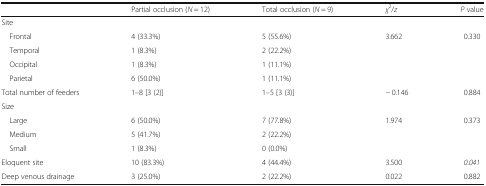
|  | Partial occlusion (N = 12) | Total occlusion (N = 9) | χ2/z | P value |
 | --- | --- | --- | --- | --- |
 | <COLSPAN=5> Site |
 | Frontal | 4 (33.3%) | 5 (55.6%) | <ROWSPAN=4> 3.662 | <ROWSPAN=4> 0.330 |
 | Temporal | 1 (8.3%) | 2 (22.2%) |
 | Occipital | 1 (8.3%) | 1 (11.1%) |
 | Parietal | 6 (50.0%) | 1 (11.1%) |
 | Total number of feeders | 1–8 [3 (2)] | 1–5 [3 (3)] | − 0.146 | 0.884 |
 | <COLSPAN=5> Size |
 | Large | 6 (50.0%) | 7 (77.8%) | <ROWSPAN=3> 1.974 | <ROWSPAN=3> 0.373 |
 | Medium | 5 (41.7%) | 2 (22.2%) |
 | Small | 1 (8.3%) | 0 (0.0%) |
 | Eloquent site | 10 (83.3%) | 4 (44.4%) | 3.500 | 0.041 |
 | Deep venous drainage | 3 (25.0%) | 2 (22.2%) | 0.022 | 0.882 |